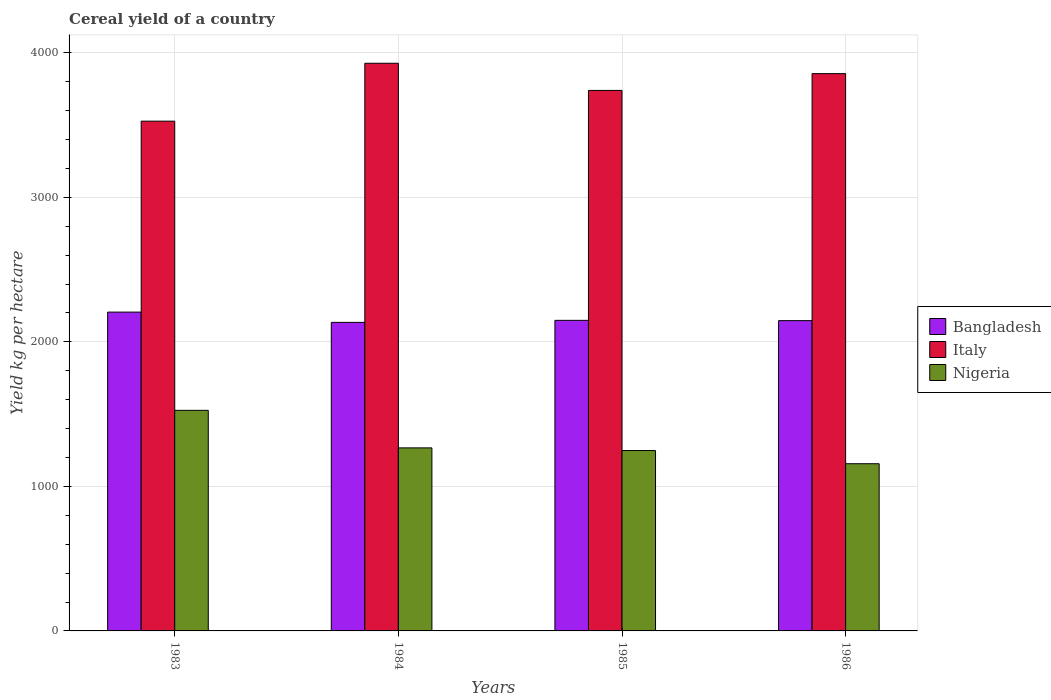
| Years | Bangladesh | Italy | Nigeria |
 | --- | --- | --- | --- |
 | 1983 | 2.21e+03 | 3.53e+03 | 1.53e+03 |
 | 1984 | 2.13e+03 | 3.93e+03 | 1.27e+03 |
 | 1985 | 2.15e+03 | 3.74e+03 | 1.25e+03 |
 | 1986 | 2.15e+03 | 3.86e+03 | 1.16e+03 |